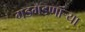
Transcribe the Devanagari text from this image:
गडगडणाऱ्या